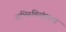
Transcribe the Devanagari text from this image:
अभिरुचिसंपन्नता